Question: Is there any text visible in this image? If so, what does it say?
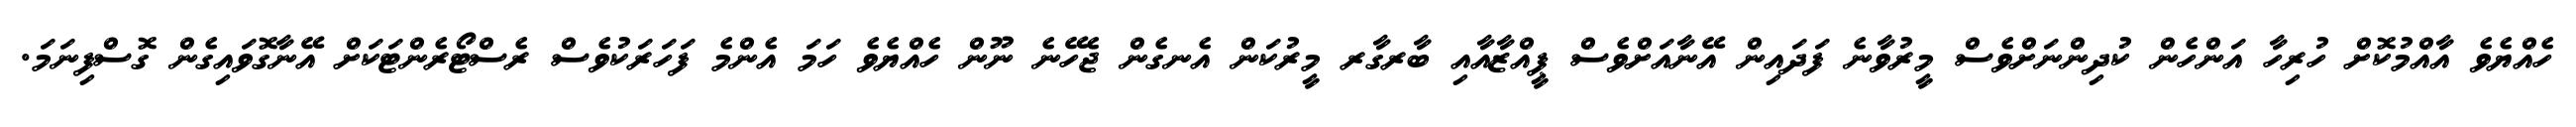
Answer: ހެއްޔެވެ އާއްމުކޮށް ހުރިހާ އަންހެން ކުދިންނަށްވެސް މީރުވާނެ ފަދައިން އޭނާއަށްވެސް ޕީއްޒާއާއި ބާރގާރ މީރުކަން އެނގެން ޖެހޭނެ ނޫން ހެއްޔެވެ ހަމަ އެންމެ ފަހަރަކުވެސް ރެސްޓޯރެންޓަކަށް އޭނާގޮވައިގެން ގޮސްފިނަމަ.